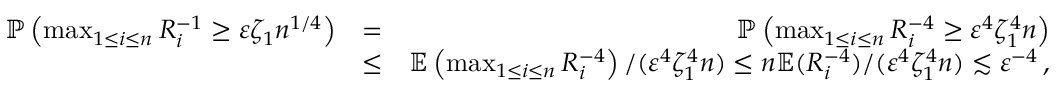
\begin{array} { r l r } { { \mathbb { P } } \left( \operatorname* { m a x } _ { 1 \leq i \leq n } R _ { i } ^ { - 1 } \geq \varepsilon \zeta _ { 1 } n ^ { 1 / 4 } \right) } & { = } & { { \mathbb { P } } \left( \operatorname* { m a x } _ { 1 \leq i \leq n } R _ { i } ^ { - 4 } \geq \varepsilon ^ { 4 } \zeta _ { 1 } ^ { 4 } n \right) } \\ & { \leq } & { { \mathbb { E } } \left( \operatorname* { m a x } _ { 1 \leq i \leq n } R _ { i } ^ { - 4 } \right) / ( \varepsilon ^ { 4 } \zeta _ { 1 } ^ { 4 } n ) \leq n { \mathbb { E } } ( R _ { i } ^ { - 4 } ) / ( \varepsilon ^ { 4 } \zeta _ { 1 } ^ { 4 } n ) \lesssim \varepsilon ^ { - 4 } \, , } \end{array}